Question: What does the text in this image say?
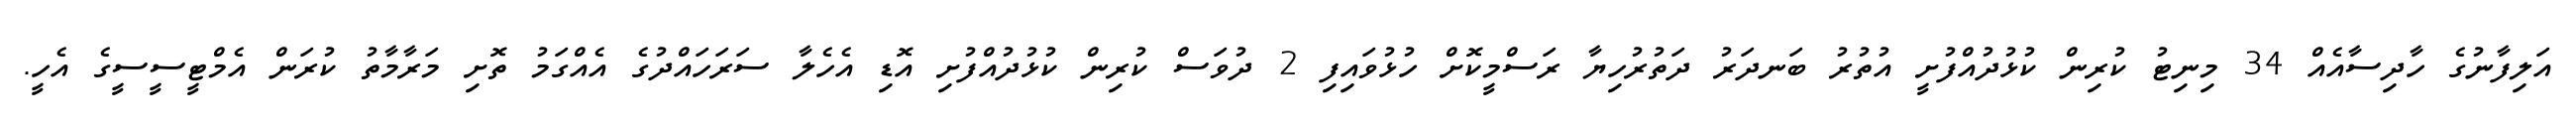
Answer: އަލިފާނުގެ ހާދިސާއެއް 34 މިނިޓު ކުރިން ކުޅުދުއްފުށީ އުތުރު ބަނދަރު ދަތުރުހިޔާ ރަސްމީކޮށް ހުޅުވައިފި 2 ދުވަސް ކުރިން ކުޅުދުއްފުށި އޮޑި އެހެލާ ސަރަހައްދުގެ އެއްގަމު ތޮށި މަރާމާތު ކުރަން އެމްޓީސީސީގެ އެހީ.